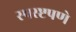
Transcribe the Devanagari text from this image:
स्पस्ष्टपणे